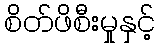
စိတ်ဖိစီးမှုနှင့်